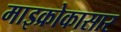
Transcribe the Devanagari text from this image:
माइक्रोकासार